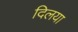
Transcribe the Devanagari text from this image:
दिलया